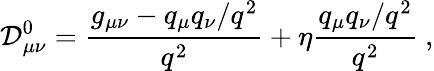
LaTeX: \mathcal{D}_{\mu\nu}^{0}={\frac{{g_{\mu\nu}-q_{\mu}q_{\nu}/q^{2}}}{{q^{2}}}}+\eta{\frac{{q_{\mu}q_{\nu}/q^{2}}}{{q^{2}}}}\ ,